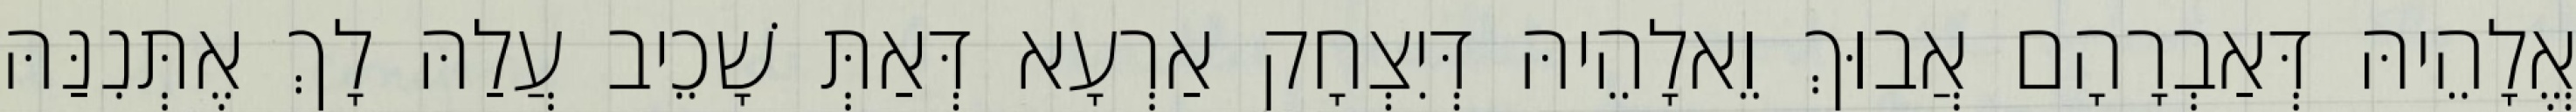
אֱלָהֵיהּ דְּאַבְרָהָם אֲבוּךְ וֵאלָהֵיהּ דְּיִצְחָק אַרְעָא דְּאַתְּ שָׁכֵיב עֲלַהּ לָךְ אֶתְּנִנַּהּ